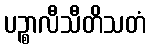
ပဉ္စာလီသီတိသတံ